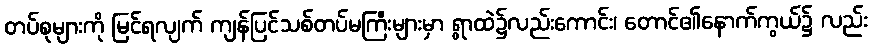
တပ်စုများကို မြင်ရလျက် ကျန်ပြင်သစ်တပ်မကြီးများမှာ ရွာထဲ၌လည်းကောင်း၊ တောင်၏နောက်ကွယ်၌ လည်း